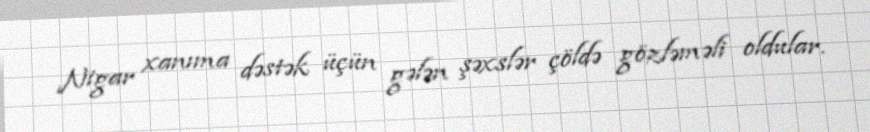
Nigar xanıma dəstək üçün gələn şəxslər çöldə gözləməli oldular.